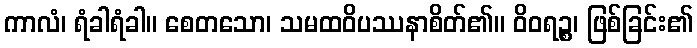
ကာလံ၊ ရံခါရံခါ။ စေတသော၊ သမထဝိပဿနာစိတ်၏။ ဝိဝရဉ္စ၊ ဖြစ်ခြင်း၏